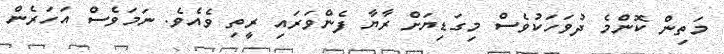
މަތިން ކޮންމެ ދުވަހަކުވެސް މިގަޑިޔަށް ރާޔާ ފެންވަރައި ރީތި ވެއެވެ. ނަމަވެސް އަހަރެން